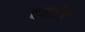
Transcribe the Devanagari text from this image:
वर्णाम